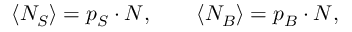
\left< N _ { S } \right> = p _ { S } \cdot N , \qquad \left< N _ { B } \right> = p _ { B } \cdot N ,